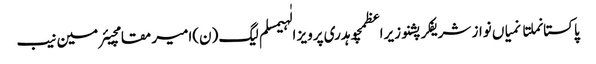
پاکستانملتانمیاں نواز شریفکرپشنوزیراعظمچوہدری پرویز الٰہیمسلم لیگ (ن)امیر مقامچیئرمین نیب